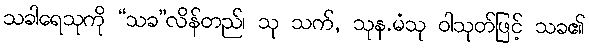
သခါရေသုကို “သခ”လိန်တည်၊ သု သက်, သုန.မံသု ဝါသုတ်ဖြင့် သခ၏